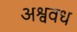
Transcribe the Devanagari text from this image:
अश्ववध